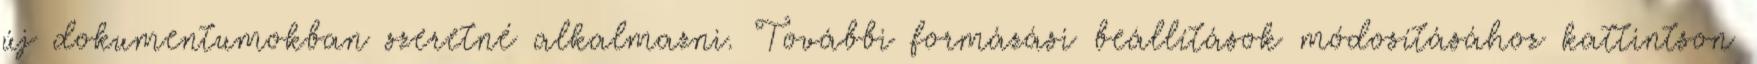
új dokumentumokban szeretné alkalmazni. További formázási beállítások módosításához kattintson